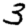
Digit: 3